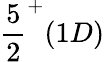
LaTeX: {\frac{5}{2}}^{+}(1D)